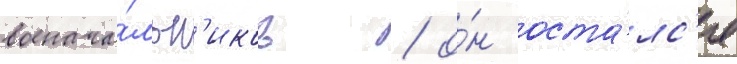
военача́льн'иков / о́н оста́лс'я